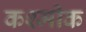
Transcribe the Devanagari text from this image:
कश्मीक